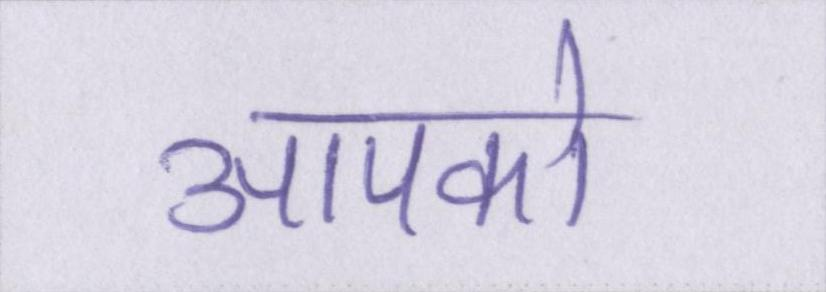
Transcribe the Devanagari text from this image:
आपको